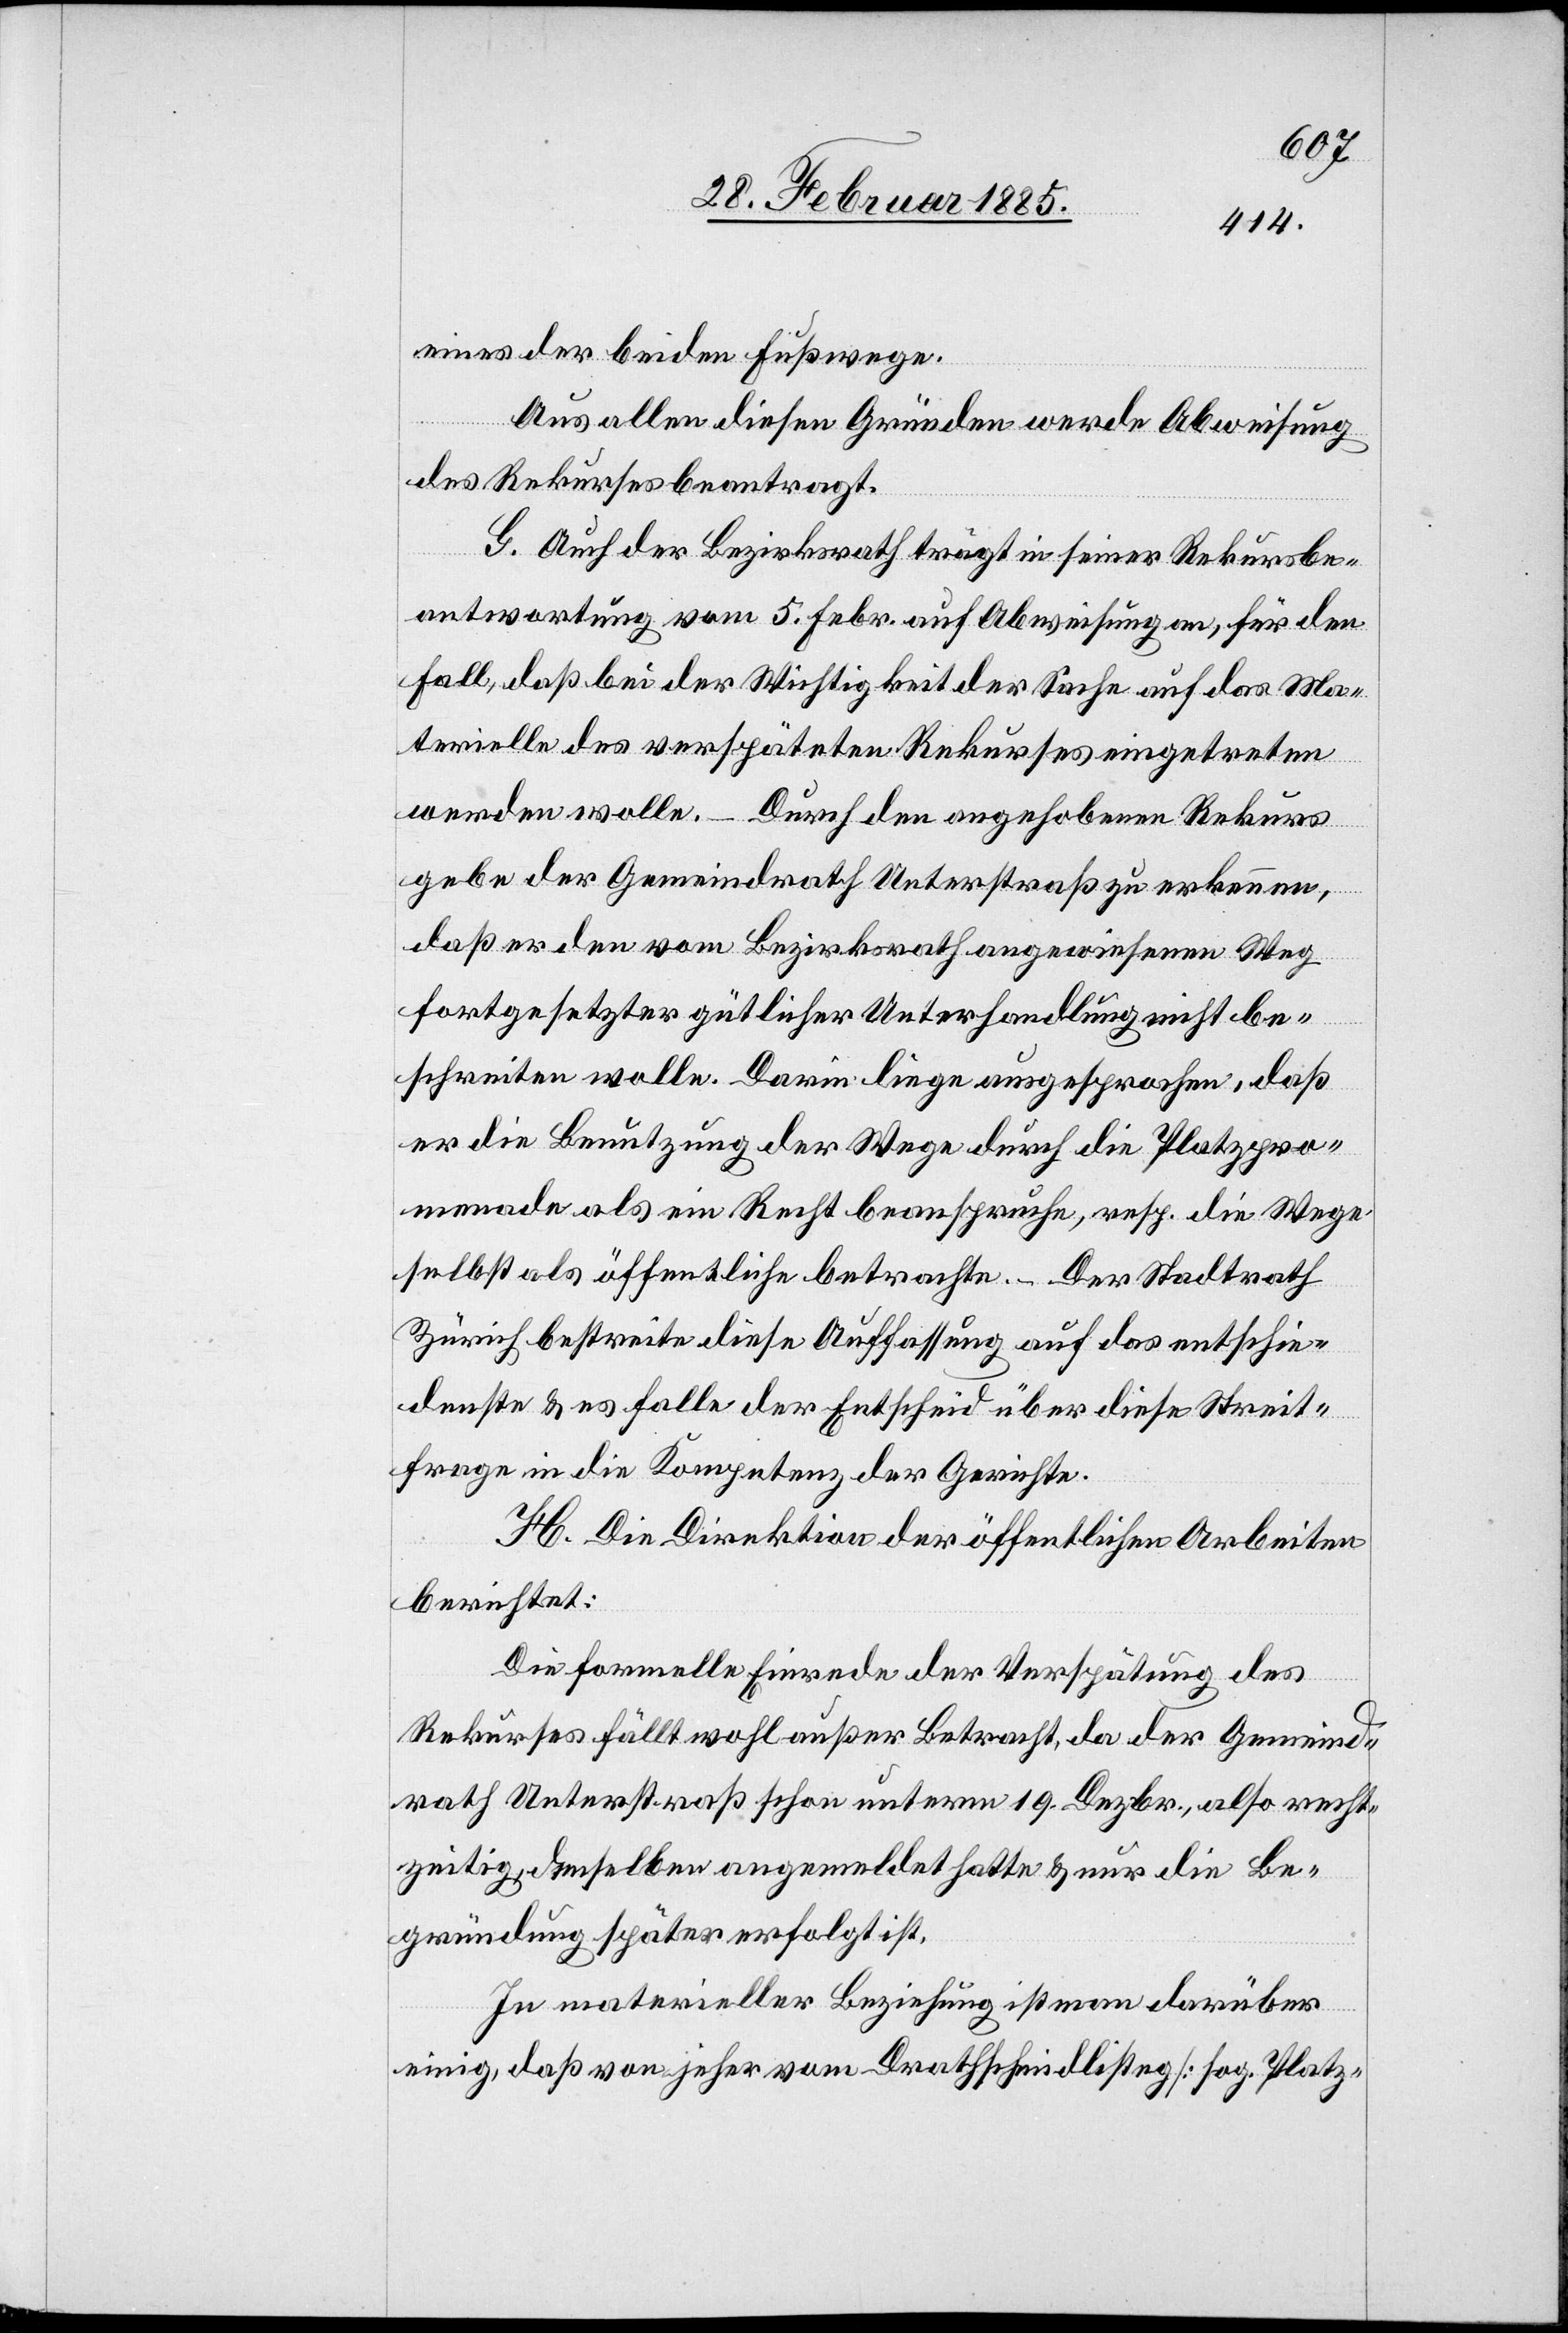
eines der beiden Fußwege.
Aus allen diesen Gründen werde Abweisung
des Rekurses beantragt.
G. Auch der Bezirksrath trägt in seiner Rekursbe¬
antwortung vom 5. Febr. auf Abweisung an, für den
Fall, daß bei der Wichtigkeit der Sache auf das Ma¬
terielle des verspäteten Rekurses eingetreten
werden wolle. – Durch den angehobenen Rekurs
gebe der Gemeindrath Unterstraß zu erkennen,
daß er den vom Bezirksrath angewiesenen Weg
fortgesetzter gütlicher Unterhandlung nicht be¬
schreiten wolle. Darin liege ausgesprochen, daß
er die Benutzung der Wege durch die Platzpro¬
menade als ein Recht beanspruche, resp. die Wege
selbst als öffentliche Betrachte. – Der Stadtrath
Zürich bestreite diese Auffassung auf das entschie¬
denste & es falle der Entscheid über diese Streit¬
frage in die Kompetenz der Gerichte.
H. Die Direktion der öffentlichen Arbeiten
berichtet:
Die formelle Einrede der Verspätung des
Rekurses fällt wohl außer Betracht, da der Gemeind¬
rath Unterstraß schon unterm 19. Dezbr., also recht¬
zeitig, denselben angemeldet hatte & nur die Be¬
gründung später erfolgt ist.
In materieller Beziehung ist man darüber
einig, daß von jeher vom Drathschmidlisteg [sog. Platz-